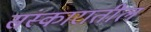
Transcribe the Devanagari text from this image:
संस्कारातील